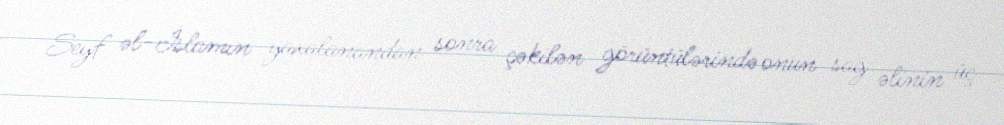
Seyf əl-İslamın yaxalanandan sonra çəkilən görüntülərində onun sağ əlinin üç